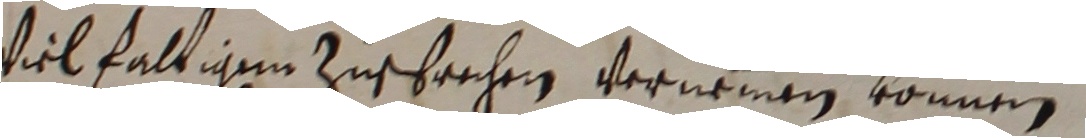
vielfaltigem zusprechen vernemmen können.